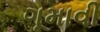
ગૂમાવી